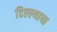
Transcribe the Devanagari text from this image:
दिल्ल्याचा